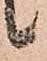
候